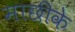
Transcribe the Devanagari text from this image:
माछीके